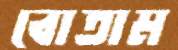
বোতাম